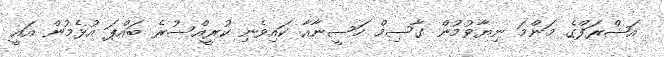
އަޝްރަފްގެ މަންމަ ނިޔާވުމުން ގާސިމް ހަސީނާއާ ކައިވެނި ކުރީއްސުރެ ބައްޕަ އުޅެމުން އައީ